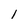
Character: 1